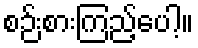
စဉ်းစားကြည့်ပေါ့။